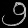
Digit: ၅